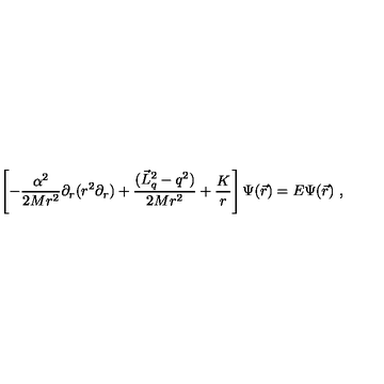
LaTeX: \left[ - \frac { \alpha ^ { 2 } } { 2 M r ^ { 2 } } \partial _ { r } ( r ^ { 2 } \partial _ { r } ) + \frac { ( \vec { L } _ { q } ^ { 2 } - q ^ { 2 } ) } { 2 M r ^ { 2 } } + \frac K r \right] \Psi ( \vec { r } ) = E \Psi ( \vec { r } ) \ ,